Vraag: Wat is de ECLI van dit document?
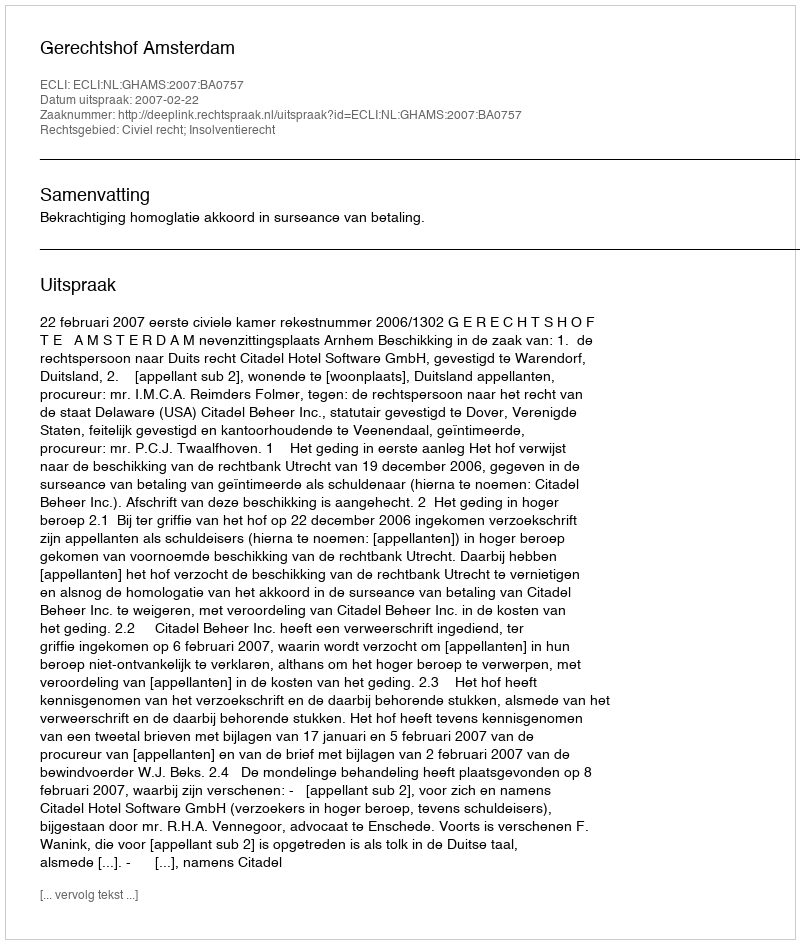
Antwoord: ECLI:NL:GHAMS:2007:BA0757